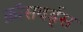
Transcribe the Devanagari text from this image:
क्रॉसवर्ड्स